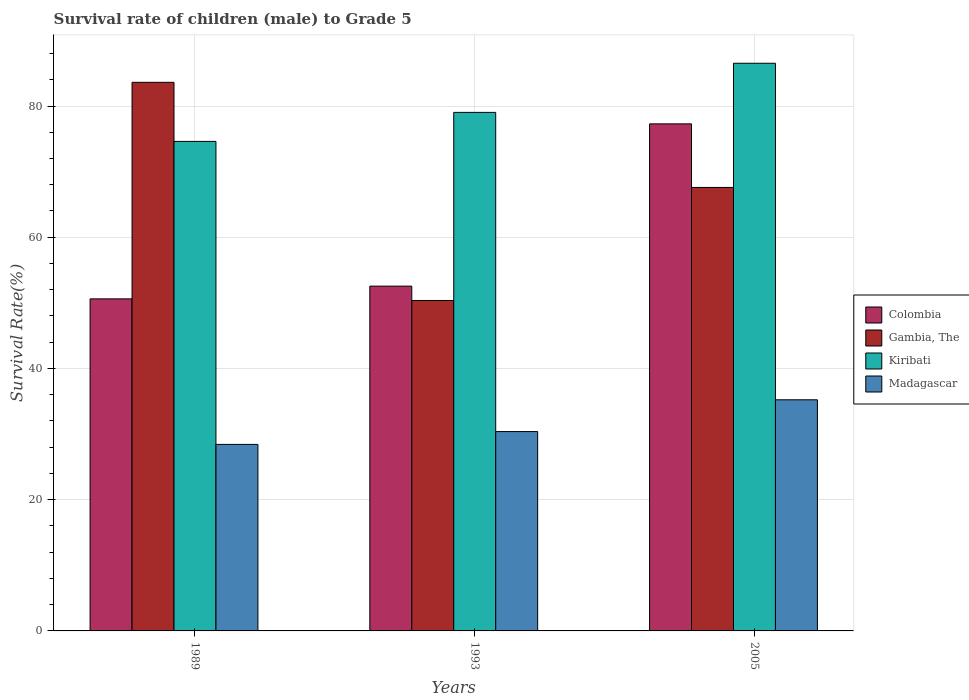
| Years | Colombia | Gambia, The | Kiribati | Madagascar |
 | --- | --- | --- | --- | --- |
 | 1989 | 50.6 | 83.6 | 74.6 | 28.4 |
 | 1993 | 52.5 | 50.4 | 79 | 30.4 |
 | 2005 | 77.3 | 67.6 | 86.5 | 35.2 |